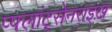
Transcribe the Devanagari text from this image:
प्फ्लांट्सेनराइख़